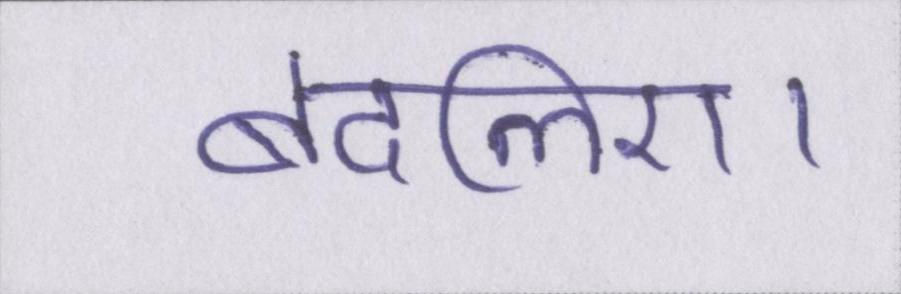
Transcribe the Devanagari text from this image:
बदलिए।